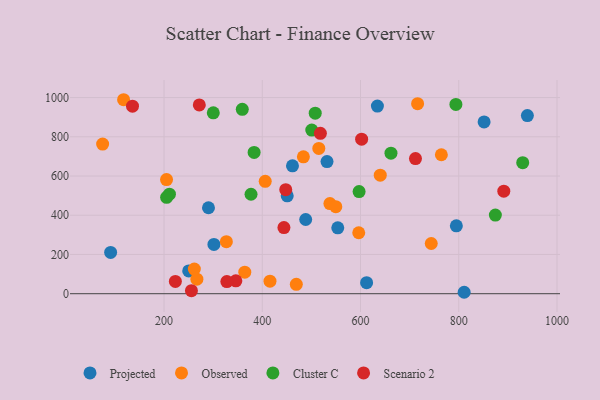
{"axis": {"x": "Engine Size", "y": "Rating"}, "legend": ["Cluster C", "Observed", "Projected", "Scenario 2"], "data": [{"x": "531.8", "y": 673.7, "type": "Projected"}, {"x": "553.7", "y": 336.0, "type": "Projected"}, {"x": "290.5", "y": 438.3, "type": "Projected"}, {"x": "795.1", "y": 346.3, "type": "Projected"}, {"x": "461.5", "y": 651.9, "type": "Projected"}, {"x": "851.6", "y": 875.8, "type": "Projected"}, {"x": "301.6", "y": 251.4, "type": "Projected"}, {"x": "450.8", "y": 499.2, "type": "Projected"}, {"x": "250.2", "y": 116.4, "type": "Projected"}, {"x": "634.4", "y": 956.8, "type": "Projected"}, {"x": "811.0", "y": 7.3, "type": "Projected"}, {"x": "612.4", "y": 56.0, "type": "Projected"}, {"x": "488.4", "y": 378.4, "type": "Projected"}, {"x": "91.3", "y": 210.6, "type": "Projected"}, {"x": "939.7", "y": 908.4, "type": "Projected"}, {"x": "117.7", "y": 989.0, "type": "Observed"}, {"x": "537.7", "y": 459.3, "type": "Observed"}, {"x": "415.7", "y": 63.8, "type": "Observed"}, {"x": "406.0", "y": 573.1, "type": "Observed"}, {"x": "364.4", "y": 110.0, "type": "Observed"}, {"x": "326.9", "y": 265.3, "type": "Observed"}, {"x": "266.9", "y": 74.3, "type": "Observed"}, {"x": "261.7", "y": 125.8, "type": "Observed"}, {"x": "716.2", "y": 968.8, "type": "Observed"}, {"x": "640.2", "y": 604.3, "type": "Observed"}, {"x": "515.1", "y": 740.9, "type": "Observed"}, {"x": "549.7", "y": 443.6, "type": "Observed"}, {"x": "764.6", "y": 708.5, "type": "Observed"}, {"x": "744.0", "y": 255.9, "type": "Observed"}, {"x": "75.0", "y": 762.8, "type": "Observed"}, {"x": "483.7", "y": 697.9, "type": "Observed"}, {"x": "205.1", "y": 581.9, "type": "Observed"}, {"x": "596.4", "y": 310.9, "type": "Observed"}, {"x": "469.3", "y": 47.8, "type": "Observed"}, {"x": "383.4", "y": 720.3, "type": "Cluster C"}, {"x": "794.2", "y": 964.9, "type": "Cluster C"}, {"x": "930.2", "y": 668.3, "type": "Cluster C"}, {"x": "874.5", "y": 401.0, "type": "Cluster C"}, {"x": "597.1", "y": 520.6, "type": "Cluster C"}, {"x": "507.8", "y": 920.2, "type": "Cluster C"}, {"x": "211.0", "y": 507.4, "type": "Cluster C"}, {"x": "500.8", "y": 834.3, "type": "Cluster C"}, {"x": "377.1", "y": 507.1, "type": "Cluster C"}, {"x": "205.3", "y": 491.5, "type": "Cluster C"}, {"x": "662.0", "y": 716.7, "type": "Cluster C"}, {"x": "300.3", "y": 922.2, "type": "Cluster C"}, {"x": "359.3", "y": 940.3, "type": "Cluster C"}, {"x": "444.1", "y": 337.4, "type": "Scenario 2"}, {"x": "271.8", "y": 962.7, "type": "Scenario 2"}, {"x": "135.8", "y": 956.1, "type": "Scenario 2"}, {"x": "891.7", "y": 522.6, "type": "Scenario 2"}, {"x": "346.2", "y": 65.7, "type": "Scenario 2"}, {"x": "223.1", "y": 62.4, "type": "Scenario 2"}, {"x": "518.3", "y": 817.5, "type": "Scenario 2"}, {"x": "255.8", "y": 15.7, "type": "Scenario 2"}, {"x": "602.3", "y": 788.0, "type": "Scenario 2"}, {"x": "327.9", "y": 61.8, "type": "Scenario 2"}, {"x": "447.8", "y": 530.3, "type": "Scenario 2"}, {"x": "711.9", "y": 688.9, "type": "Scenario 2"}]}